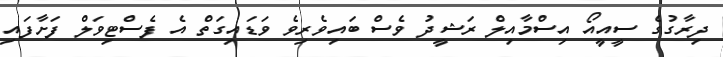
ދިރާގުގެ ސީއީއޯ އިސްމާއިލް ރަޝީދު ވެސް ބައިވެރިވެ ވަޑައިގަތް އެ ފެސްޓިވަލް ފަށާފައި